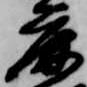
鹿